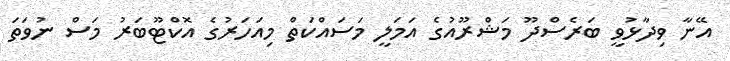
އޭނާ ވިދާޅުވީ ބަރެސްދޫ މަޝްރޫއުގެ އަމަލީ މަސައްކަތް މިއަހަރުގެ އޮކްޓޫބަރު މަސް ނުވަތަ